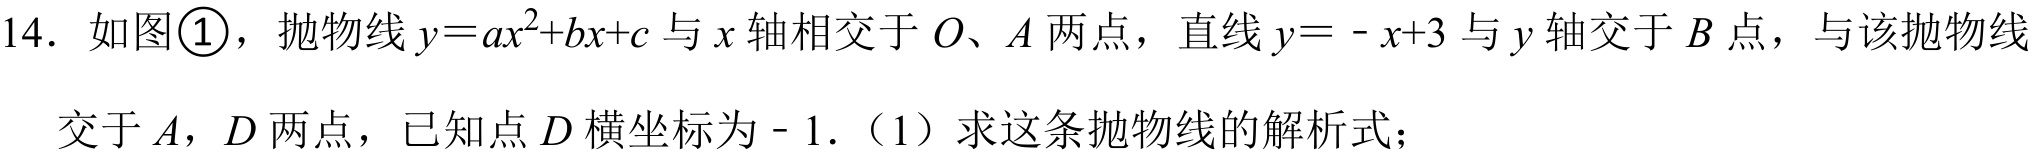
14. 如图\textcircled{1}，抛物线\(y = ax^{2}+bx + c\)与\(x\)轴相交于\(O、A\)两点，直线\(y = - x + 3\)与\(y\)轴交于\(B\)点，与该抛物线交于\(A，D\)两点，已知点\(D\)横坐标为\(-1\).（1）求这条抛物线的解析式；